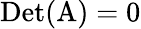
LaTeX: \mathrm{{Det}(A)=0}